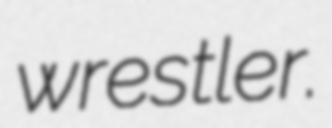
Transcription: wrestler.